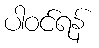
ပါဝင်ရန်